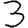
Digit: 3